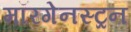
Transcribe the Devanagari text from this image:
मॉरगेनस्ट्रन